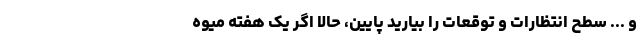
و ... سطح انتظارات و توقعات را بیارید پایین، حالا اگر یک هفته میوه